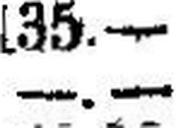
—.—